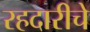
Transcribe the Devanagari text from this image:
रहदारीचे